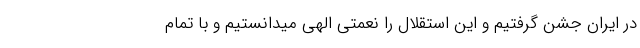
در ایران جشن گرفتیم و این استقلال را نعمتی الهی میدانستیم و با تمام